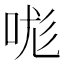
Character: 哤